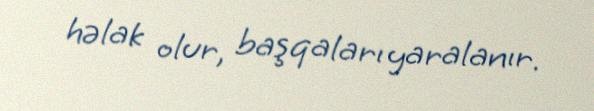
həlak olur, başqaları yaralanır.